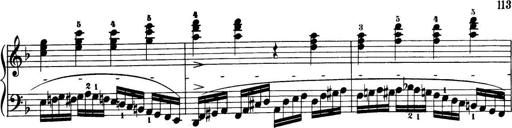
Title: 32 Sonatinas and Rondos for the Piano
Composer: Richard Kleinmichel